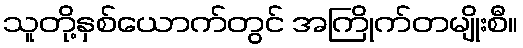
သူတို့နှစ်ယောက်တွင် အကြိုက်တမျိုးစီ။